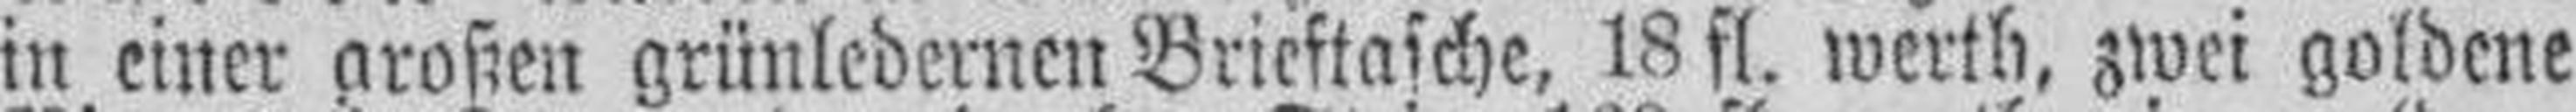
in einer großen grünledernen Brieftasche, 18 fl. werth, zwei goldene